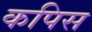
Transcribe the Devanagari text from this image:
कपिस